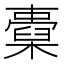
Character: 𣝐